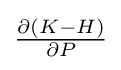
{\textstyle {\frac {\partial (K-H)}{\partial P}}}